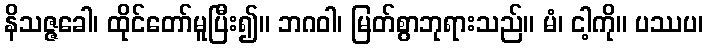
နိသဇ္ဇခေါ၊ ထိုင်တော်မူပြီး၍။ ဘဂဝါ၊ မြတ်စွာဘုရားသည်။ မံ၊ ငါ့ကို။ ပဿပ၊